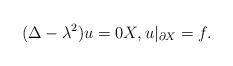
LaTeX: \begin{align*}(\Delta - \lambda^2) u = 0 X, u |_{\partial X} = f.\end{align*}